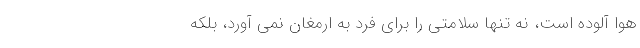
هوا آلوده است، نه تنها سلامتی را برای فرد به ارمغان نمی آورد، بلکه